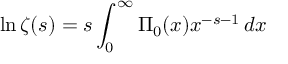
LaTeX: \ln \zeta ( s ) = s \int _ { 0 } ^ { \infty } \Pi _ { 0 } ( x ) x ^ { - s - 1 } \, d x